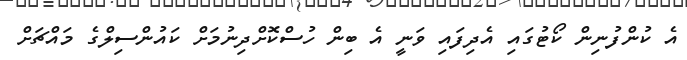
އެ ކުންފުނިން ކޯޓުގައި އެދިފައި ވަނީ އެ ބިން ހުސްކޮށްދިނުމަށް ކައުންސިލްގެ މައްޗަށް